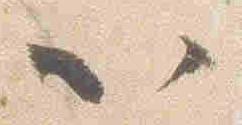
以